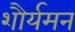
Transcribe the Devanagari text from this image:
शौर्यमन